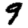
Digit: 9